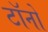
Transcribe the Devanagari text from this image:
टॉनो